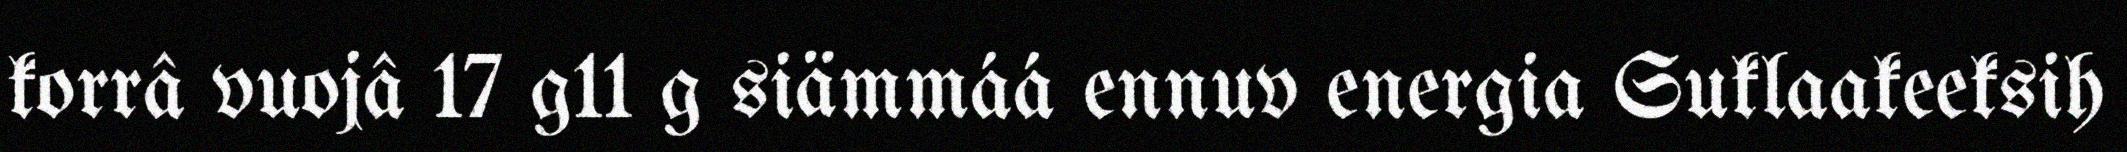
korrâ vuojâ 17 g11 g siämmáá ennuv energia Suklaakeeksih